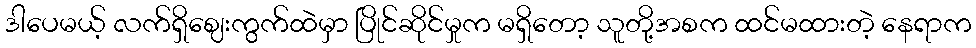
ဒါပေမယ့် လက်ရှိဈေးကွက်ထဲမှာ ပြိုင်ဆိုင်မှုက မရှိတော့ သူတို့အစက ထင်မထားတဲ့ နေရာက